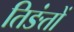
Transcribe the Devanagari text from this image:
तिङंतों